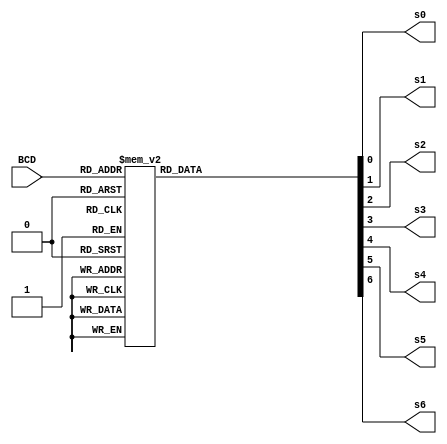
`timescale 1ns / 1ps
//////////////////////////////////////////////////////////////////////////////////
// Company: 
// Engineer: 
// 
// Design Name: 
// Module Name: bcd_to_7seg
// Project Name: 
// Target Devices: 
// Tool Versions: 
// Description: 
// 
// Dependencies: 
// 
// Revision:
// Revision 0.01 - File Created
// Additional Comments:
// 
//////////////////////////////////////////////////////////////////////////////////

module bcd_to_7seg(BCD, s0, s1, s2, s3, s4, s5, s6); 
//Taken from Donald Hung's Lab 1 Examples
output s0, s1, s2, s3, s4, s5, s6; 
input [3:0] BCD;
 reg s0, s1, s2, s3, s4, s5, s6; 
 always @ (BCD)
  begin // BCD to 7-segment decoding 
  case (BCD) // s0 - s6 are active low
4'b0000: begin s0=0; s1=0; s2=0; s3=1; s4=0; s5=0; s6=0; end
4'b0001: begin s0=1; s1=0; s2=1; s3=1; s4=0; s5=1; s6=1; end
4'b0010: begin s0=0; s1=1; s2=0; s3=0; s4=0; s5=1; s6=0; end
4'b0011: begin s0=0; s1=0; s2=1; s3=0; s4=0; s5=1; s6=0; end
4'b0100: begin s0=1; s1=0; s2=1; s3=0; s4=0; s5=0; s6=1; end
4'b0101: begin s0=0; s1=0; s2=1; s3=0; s4=1; s5=0; s6=0; end
4'b0110: begin s0=0; s1=0; s2=0; s3=0; s4=1; s5=0; s6=0; end
4'b0111: begin s0=1; s1=0; s2=1; s3=1; s4=0; s5=1; s6=0; end
4'b1000: begin s0=0; s1=0; s2=0; s3=0; s4=0; s5=0; s6=0; end
4'b1001: begin s0=0; s1=0; s2=1; s3=0; s4=0; s5=0; s6=0; end
default: begin s0=1; s1=1; s2=1; s3=1; s4=1; s5=1; s6=1; end
endcase
end
endmodule  // end bcd_to_7seg